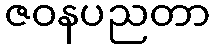
ဇဝနပညတာ